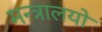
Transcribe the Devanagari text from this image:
मन्त्रालयो